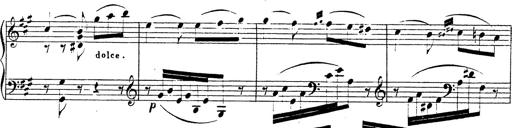
Title: Chanson bohÃ©mienne
Composer: Franz Liszt